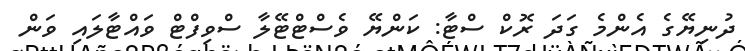
ދުނިޔޭގެ އެންމެ ގަދަ ރޮކް ސްޓާ: ކަންޔޭ ވެސްޓްޓޭލާ ސްވިފްޓް ވައްޓާލައި ވަން